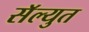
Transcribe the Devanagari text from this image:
सॅल्युत